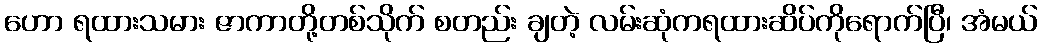
ဟော ရထားသမား ဇာကာတို့တစ်သိုက် စတည်း ချတဲ့ လမ်းဆုံကရထားဆိပ်ကိုရောက်ပြီ၊ အံမယ်